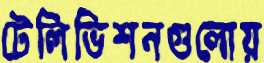
টেলিভিশনগুলোয়